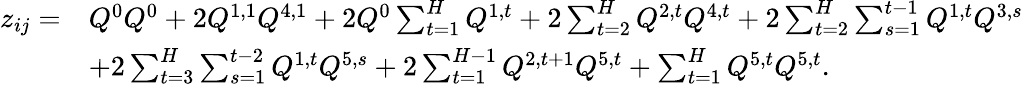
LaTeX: \begin{array}{rl}{z_{ij}=}&{Q^{0}Q^{0}+2Q^{1,1}Q^{4,1}+2Q^{0}\sum_{t=1}^{H}Q^{1,t}+2\sum_{t=2}^{H}Q^{2,t}Q^{4,t}+2\sum_{t=2}^{H}\sum_{s=1}^{t-1}Q^{1,t}Q^{3,s}}\\ &{+2\sum_{t=3}^{H}\sum_{s=1}^{t-2}Q^{1,t}Q^{5,s}+2\sum_{t=1}^{H-1}Q^{2,t+1}Q^{5,t}+\sum_{t=1}^{H}Q^{5,t}Q^{5,t}.}\end{array}